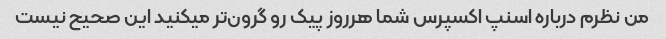
من نظرم درباره اسنپ اکسپرس شما هرروز پیک رو گرون‌تر میکنید این صحیح نیست